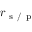
r _ { \mathrm { ~ s ~ } / \mathrm { ~ p ~ } }